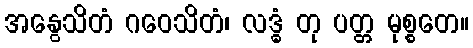
အနွေသိတံ ဂဝေသိတံ၊ လဒ္ဓံ တု ပတ္တ မုစ္စတေ။